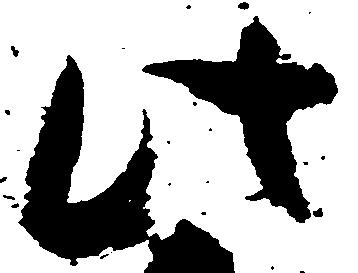
此